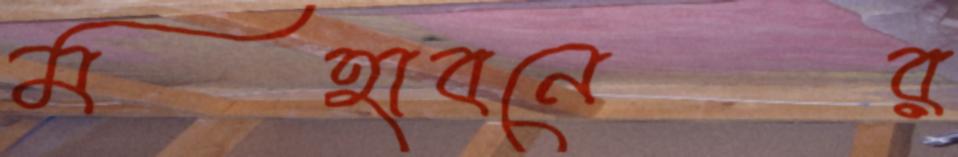
মহাবনের